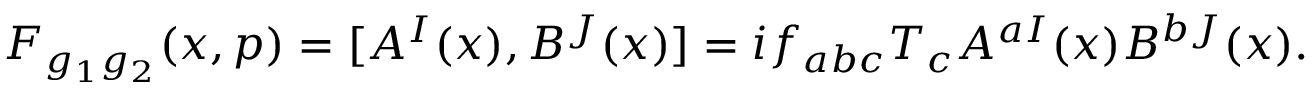
F _ { g _ { 1 } g _ { 2 } } ( x , p ) = [ A ^ { I } ( x ) , B ^ { J } ( x ) ] = i f _ { a b c } T _ { c } A ^ { a I } ( x ) B ^ { b J } ( x ) .